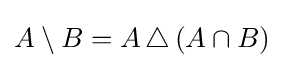
A\setminus B=A\,\triangle \,(A\cap B)